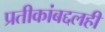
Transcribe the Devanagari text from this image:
प्रतीकांबद्दलही